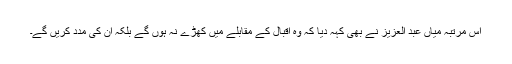
اس مرتبہ میاں عبد العزیز نے بھی کہہ دیا کہ وہ اقبال کے مقابلے میں کھڑے نہ ہوں گے بلکہ ان کی مدد کریں گے۔